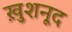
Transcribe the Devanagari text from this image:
ख़ुशनूद